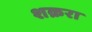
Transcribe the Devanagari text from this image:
शक्ररा